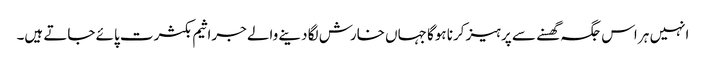
انہیں ہر اس جگہ گھسنے سے پرہیز کرنا ہوگا جہاں خارش لگا دینے والے جراثیم بکثرت پائے جاتے ہیں۔